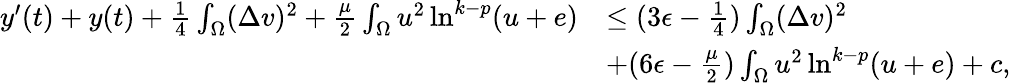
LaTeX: \begin{array}{rl}{y^{\prime}(t)+y(t)+\frac{1}{4}\int_{\Omega}(\Delta v)^{2}+\frac{\mu}{2}\int_{\Omega}u^{2}\ln^{k-p}(u+e)}&{\leq(3\epsilon-\frac{1}{4})\int_{\Omega}(\Delta v)^{2}}\\ &{+(6\epsilon-\frac{\mu}{2})\int_{\Omega}u^{2}\ln^{k-p}(u+e)+c,}\end{array}